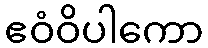
ဧဝံဝိပါကော